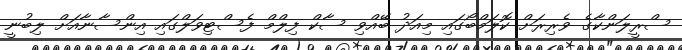
ސްރީލަންކާގެ ވެރިރަށް ކޮލަމްބޯގައި މިއަދު ބޭއްވި ސާކް ފިލްމް ފެސްޓިވަލްގައި އިންސާނާއަށް ލިބުނީ